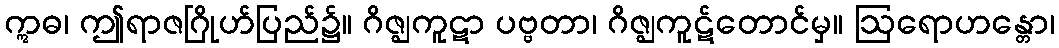
ဣဓ၊ ဤရာဇဂြိုဟ်ပြည်၌။ ဂိဇ္ဈကူဋာ ပဗ္ဗတာ၊ ဂိဇ္ဈကူဋ်တောင်မှ။ ဩရောဟန္တော၊